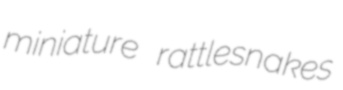
miniature rattlesnakes